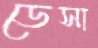
ডেসা